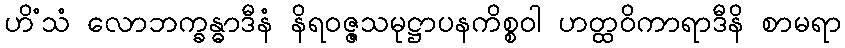
ဟိံသံ လောဘက္ခန္ဓာဒီနံ နိရဝဇ္ဇသမုဋ္ဌာပနကိစ္စဝါ ဟတ္ထဝိကာရာဒီနိ စာမရာ